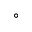
^ \circ